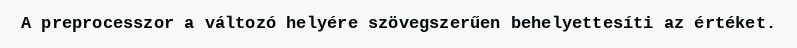
A preprocesszor a változó helyére szövegszerűen behelyettesíti az értéket.